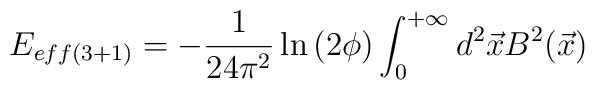
E_{eff(3+1)}=-\frac{1}{24\pi^{2}}\ln\left(2\phi\right)\int_{0}^{+\infty}d^{2}\vec{x}B^{2}(\vec{x})